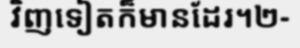
វិញទៀតក៏មានដែរ។២-